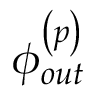
\phi _ { o u t } ^ { \left( p \right) }